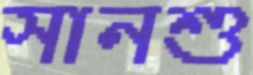
সানশু